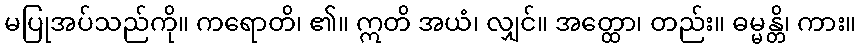
မပြုအပ်သည်ကို။ ကရောတိ၊ ၏။ ဣတိ အယံ၊ လျှင်။ အတ္ထော၊ တည်း။ ဓမ္မန္တိ၊ ကား။